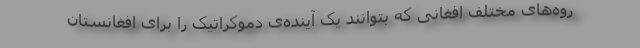
روه‌های مختلف افغانی که بتوانند یک آینده‌ی دموکراتیک را برای افغانستان